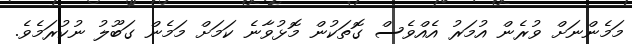
މަމެންނަށް ވުރެން އުމަރު އެއްވެސް ގޮތަކުން މޮޅުވާނެ ކަމަށް މަމެން ގަބޫލު ނުކުރަމެވެ.